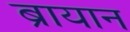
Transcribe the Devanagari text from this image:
ब्रायान